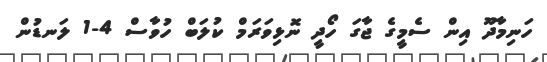
ހަނިމާދޫ އިން ސެމީގެ ޖާގަ ހޯދީ ނޮޅިވަރަމް ކުލަބް ހުވާސް 4-1 ލަނޑުން